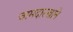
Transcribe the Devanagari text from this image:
जामदारखाने